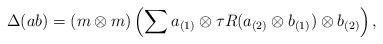
LaTeX: \begin{align*}\begin{aligned}\Delta(a b) &= (m\otimes m)\left(\sum a_{(1)}\otimes \tau R(a_{(2)}\otimes b_{(1)})\otimes b_{(2)}\right),\end{aligned}\end{align*}